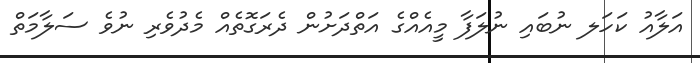
އަލާއު ކަހަލ ނުބައި ނުލަފާ މީއެއްގެ އަތްދަށުން ދެރަގޮތެއް މެދުވެރި ނުވެ ސަލާމަތް